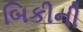
બિકીની